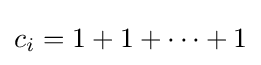
c_{i}=1+1+\cdots +1